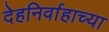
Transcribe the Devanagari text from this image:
देहनिर्वाहाच्या